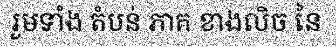
រួមទាំង តំបន់ ភាគ ខាងលិច នៃ